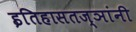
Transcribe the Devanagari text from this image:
इतिहासतज्ञांनी